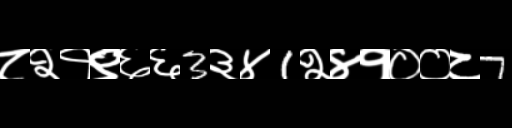
Text: ८२१९६६3३४1२४१००८7